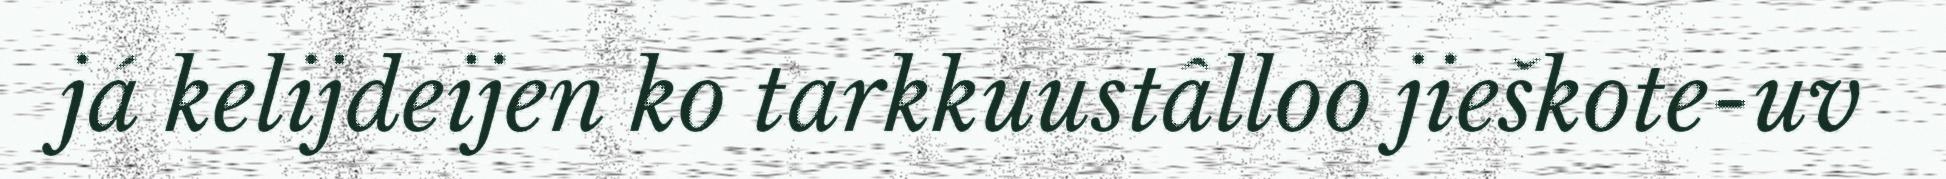
já kelijdeijen ko tarkkuustâlloo jieškote-uv